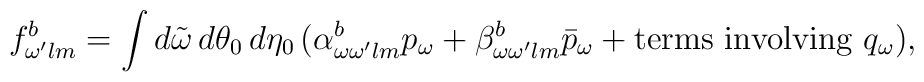
f^{b}_{\omega' lm}=  \int d\tilde{\omega}\, d\theta_0\, d\eta_0\,(\alpha^{b}_{\omega \omega' lm} p_\omega + \beta^{b}_{\omega \omega' lm}\bar{p}_\omega + \mbox{terms involving }q_\omega),